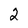
Character: 2